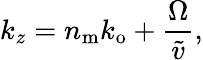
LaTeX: k_{z}=n_{\mathrm{m}}k_{\mathrm{o}}+\frac{\Omega}{\widetilde{v}},